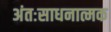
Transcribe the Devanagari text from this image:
अंतःसाधनात्मक